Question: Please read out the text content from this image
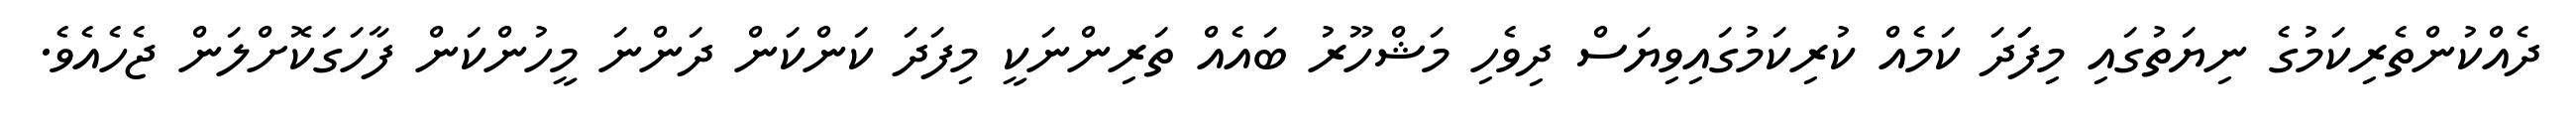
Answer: ދެއްކުންތެރިކަމުގެ ނިޔަތުގައި މިފަަދަ ކަމެއް ކުރިކަމުގައިވިޔަސް ދިވެހި މަޝްހޫރު ބައެއް ތަރިންނަކީ މިފަދަ ކަންކަން ދަންނަ މީހުންކަން ފާހަގަކޮށްލަން ޖެހެއެވެ.